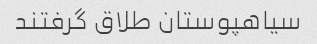
سیاهپوستان طلاق گرفتند